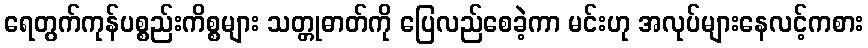
ရေတွက်ကုန်ပစ္စည်းကိစ္စများ သတ္တုဓာတ်ကို ပြေလည်စေခဲ့ကာ မင်းဟု အလုပ်များနေလင့်ကစား